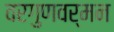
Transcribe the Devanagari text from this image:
वरगुणवर्मन